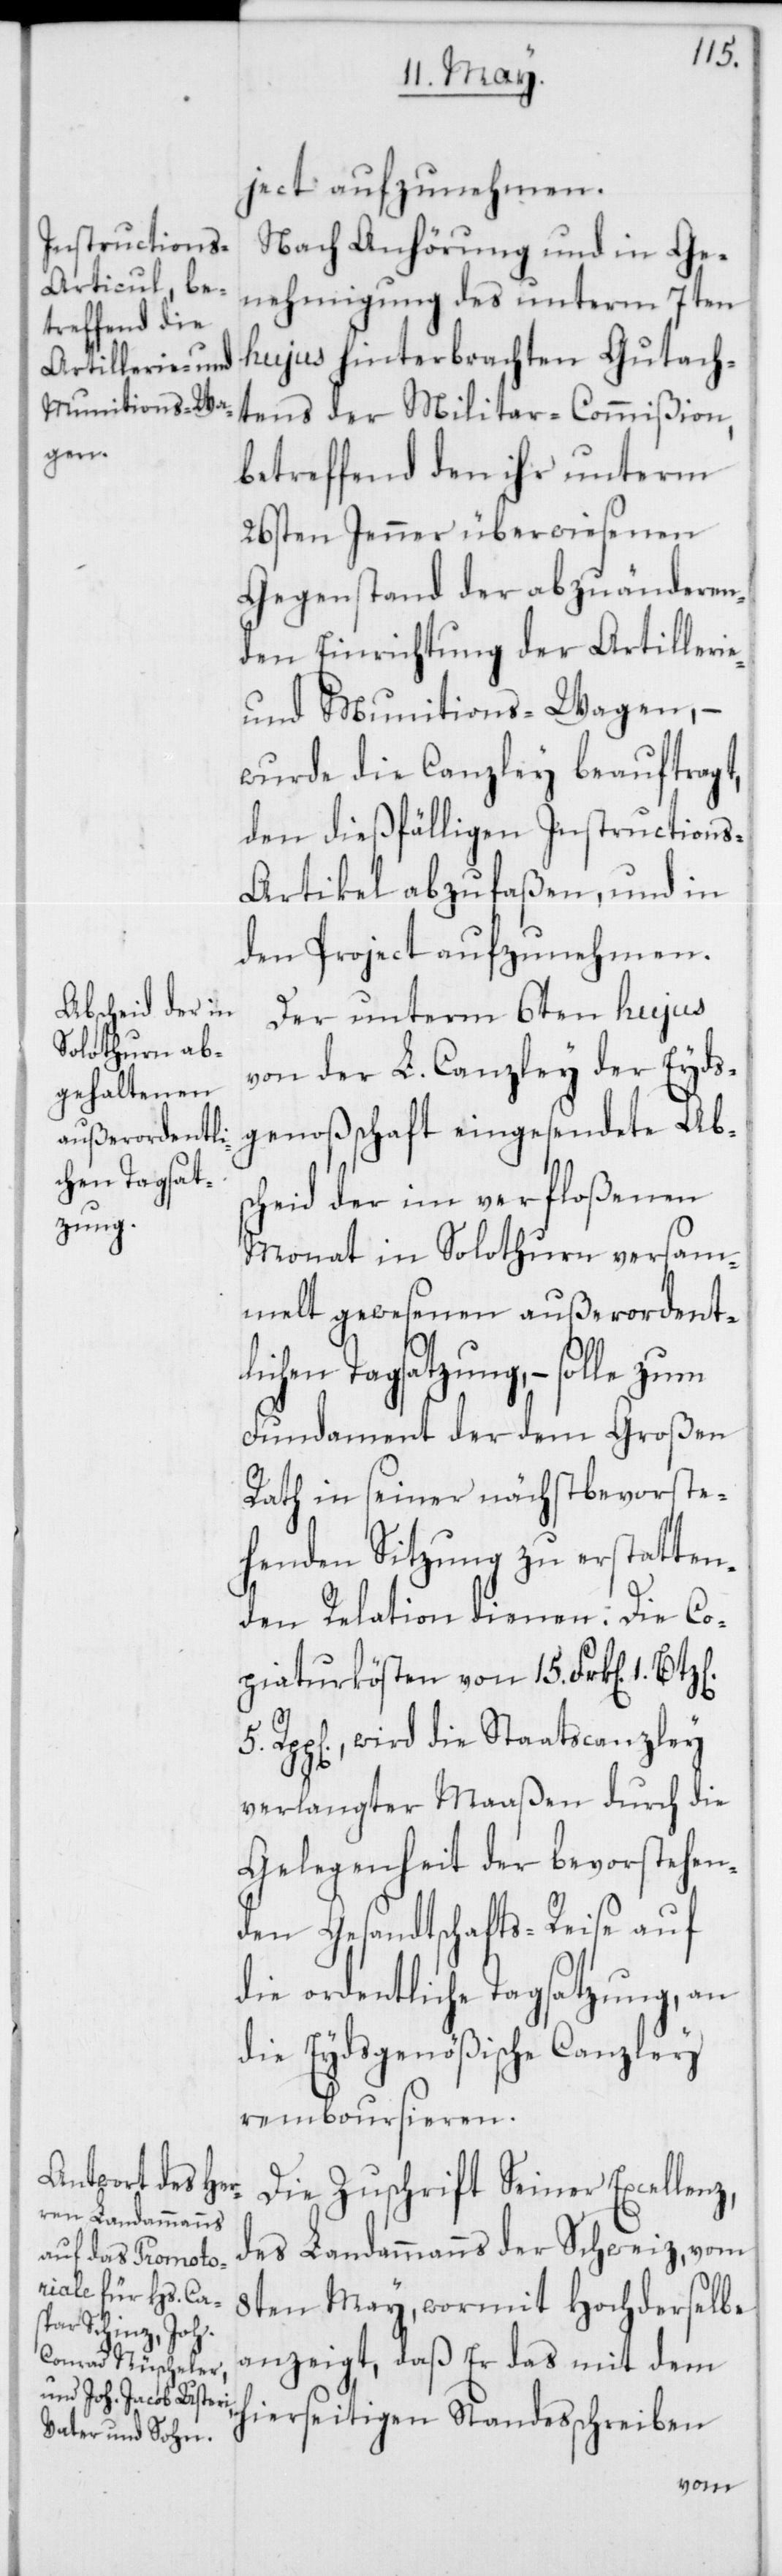
e-
ject aufzunehmen.
Nach Anhörung und in Ge¬
nehmigung des unterm 7ten
hujus hinterbrachten Gutach¬
tens der Militar-Commißion,
betreffend den ihr unterm
26sten Jenner überwiesenen
Gegenstand der abzuänderen¬
den Einrichtung der Artilleri¬
und Munitions-Wagen, –
wurde die Canzley beauftragt,
den dießfälligen Instruction¬
s-Artikel abzufaßen, und in
den Project aufzunehmen.
Der unterm 6ten hujus
von der L. Canzley der Eyds¬
genoßschaft eingesendete Absc¬
heid der im verfloßenen
Monat in Solothurn versam¬
melt gewesenen außerordent¬
lichen Tagsatzung, – solle zum
Fundament der dem Großen
Rath in seiner nächstbevorste¬
henden Sitzung zu erstatten¬
den Relation dienen. Die Co¬
piaturkösten von 15. Frk[en]. 1.
Rpp[en]., wird die Staatscanzley
verlangter Maaßen durch die
Gelegenheit der bevorstehen¬
den Gesandtschafts-Reise auf
die ordentliche Tagsatzung, an
die Eydsgenößische Canzley
remboursieren.
Die Zuschrift Seiner Excellenz,
des Landammanns der Schweiz, vom
8ten May, wormit Hochderselbe
anzeigt, daß Er das mit dem
hierseitigen Standesschreiben